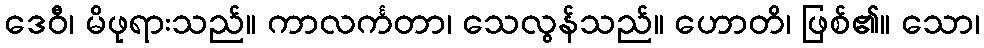
ဒေဝီ၊ မိဖုရားသည်။ ကာလင်္ကတာ၊ သေလွန်သည်။ ဟောတိ၊ ဖြစ်၏။ သော၊